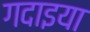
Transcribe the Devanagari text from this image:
गदाइया